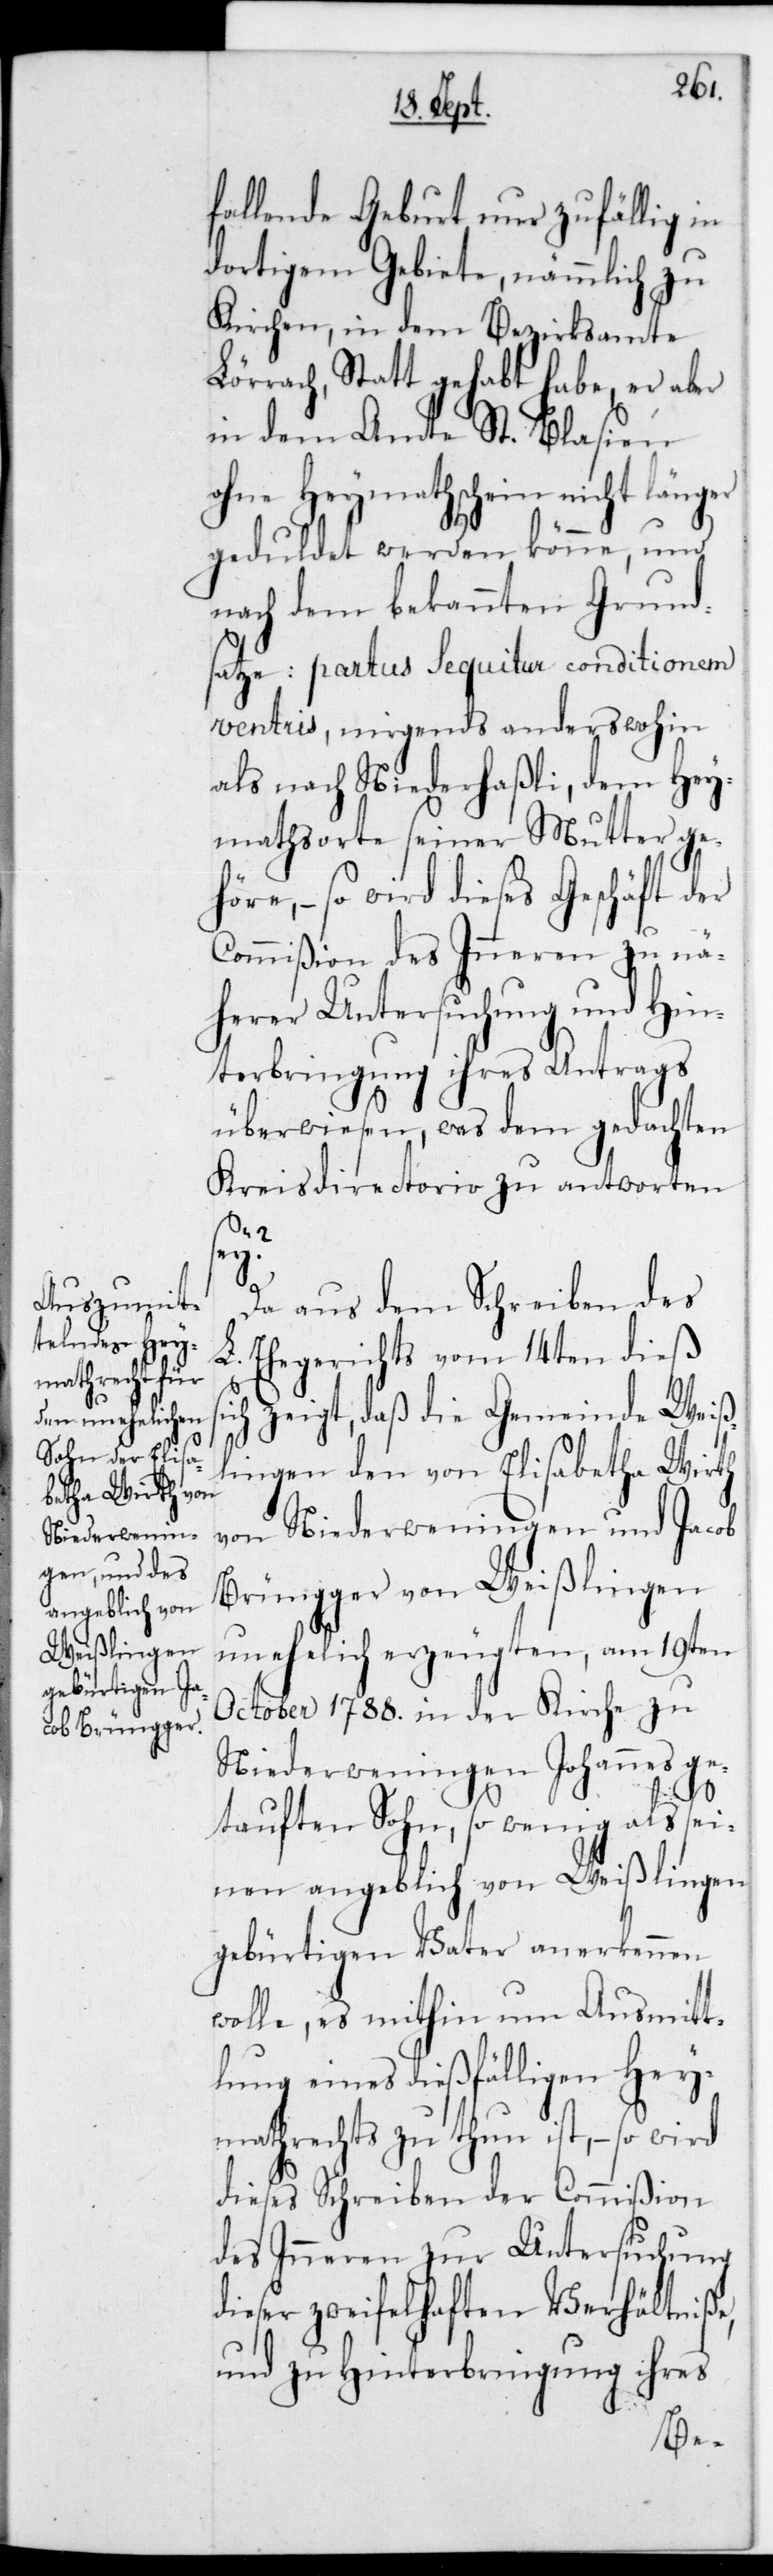
fallende Geburt nur zufällig in
dortigem Gebiete, nämmlich zu
Kirchen, in dem Bezirksamte
Lörrach, stattgehabt habe, er aber
in dem Amte St. Blasien
ohne Heymathschein nicht länger
geduldet werden könne, und
nach dem bekannten Grund¬
satze: Partus sequitur conditionem
ventris, nirgends anderswohin
als nach Niederhaßli, dem Hey¬
mathsorte seiner Mutter ge¬
höre, – so wird dieses Geschäft der
Commißion des Inneren zu nä¬
herer Untersuchung und Hin¬
terbringung ihres Antrags
überwiesen, was dem gedachten
Kreisdirectorio zu antworten
s¬
sey?
Da aus dem Schreiben des
L. Ehegerichts vom 14ten dieß
ich zeigt, daß die Gemeinde Weiß¬
lingen den von Elisabetha Wirth
von Niederweningen und Jacob
Brüngger von Weißlingen
unehelich erzeugten, am 19ten
October 1788 in der Kirche zu
Niederweningen Johannes ge¬
tauften Sohn, so wenig als sei¬
nen angeblich von Weißlingen
gebürtigen Vater anerkennen
wolle, es mithin um Ausmitt¬
lung eines dießfälligen Hey¬
mathrechts zu thun ist, – so wird
dieses Schreiben der Commißion
des Inneren zur Untersuchung
dieser zweifelhaften Verhältniße,
und zu Hinterbringung ihres